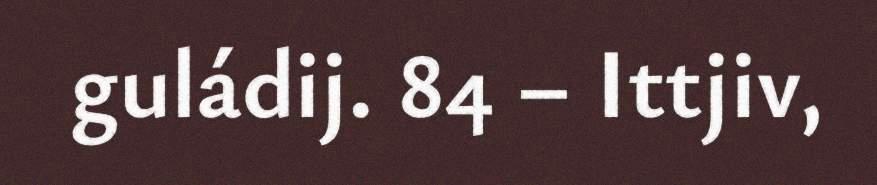
guládij. 84 – Ittjiv,